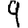
Digit: 9